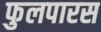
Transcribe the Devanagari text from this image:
फुलपारस